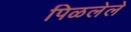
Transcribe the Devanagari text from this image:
पिळलेले